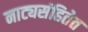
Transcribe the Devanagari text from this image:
नाट्यसंहितेत